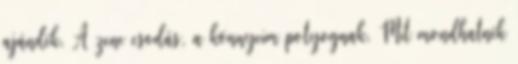
ajándék. A zene csodás, a könnyeim potyognak. Mit mondhatnék